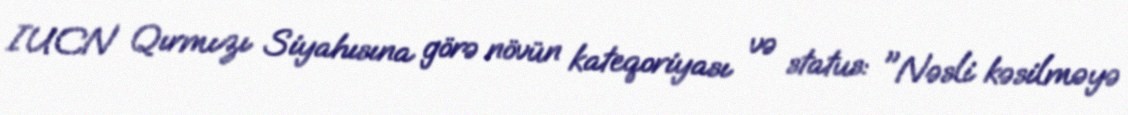
IUCN Qırmızı Siyahısına görə növün kateqoriyası və status: "Nəsli kəsilməyə